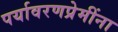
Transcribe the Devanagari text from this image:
पर्यावरणप्रेमींना